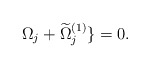
\begin{align*} \Omega_{j}+ \widetilde{\Omega}^{(1)}_{j} \} = 0.\end{align*}